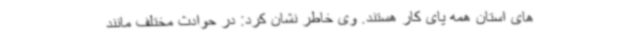
های استان همه پای کار هستند. وی خاطر نشان کرد: در حوادث مختلف مانند